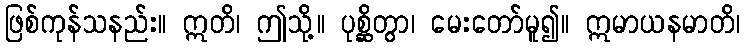
ဖြစ်ကုန်သနည်း။ ဣတိ၊ ဤသို့။ ပုစ္ဆိတွာ၊ မေးတော်မူ၍။ ဣမာယနမာတိ၊